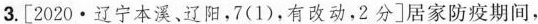
3. [2020 · 辽宁本溪、辽阳，7(1)，有改动，2分] 居家防疫期间，